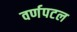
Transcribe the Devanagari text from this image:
वर्णपटल